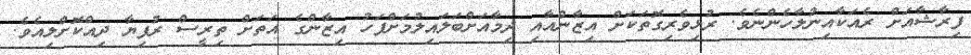
ފިރާޝާއަށް ރެއަކާއިނުލާހެންނެވެ. ރުޅިވެރިގޮތަކަށް އިޒާންއާއި ދިމާއަށްބަލައިލުމަށްފަހު އިޒާންގެ އަތަށް ތިރީސް ރުފިޔާ ދިއްކޮށްލިއެވެ.